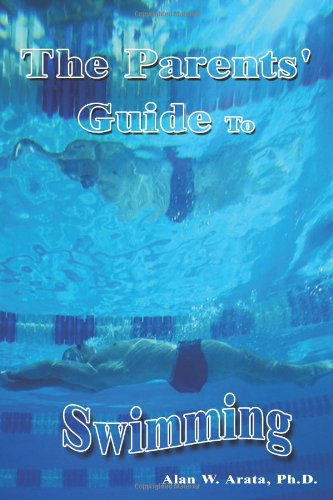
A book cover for THE PARENTS' GUIDE TO SWIMMING; Alan W. Arata; Sports & Outdoors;